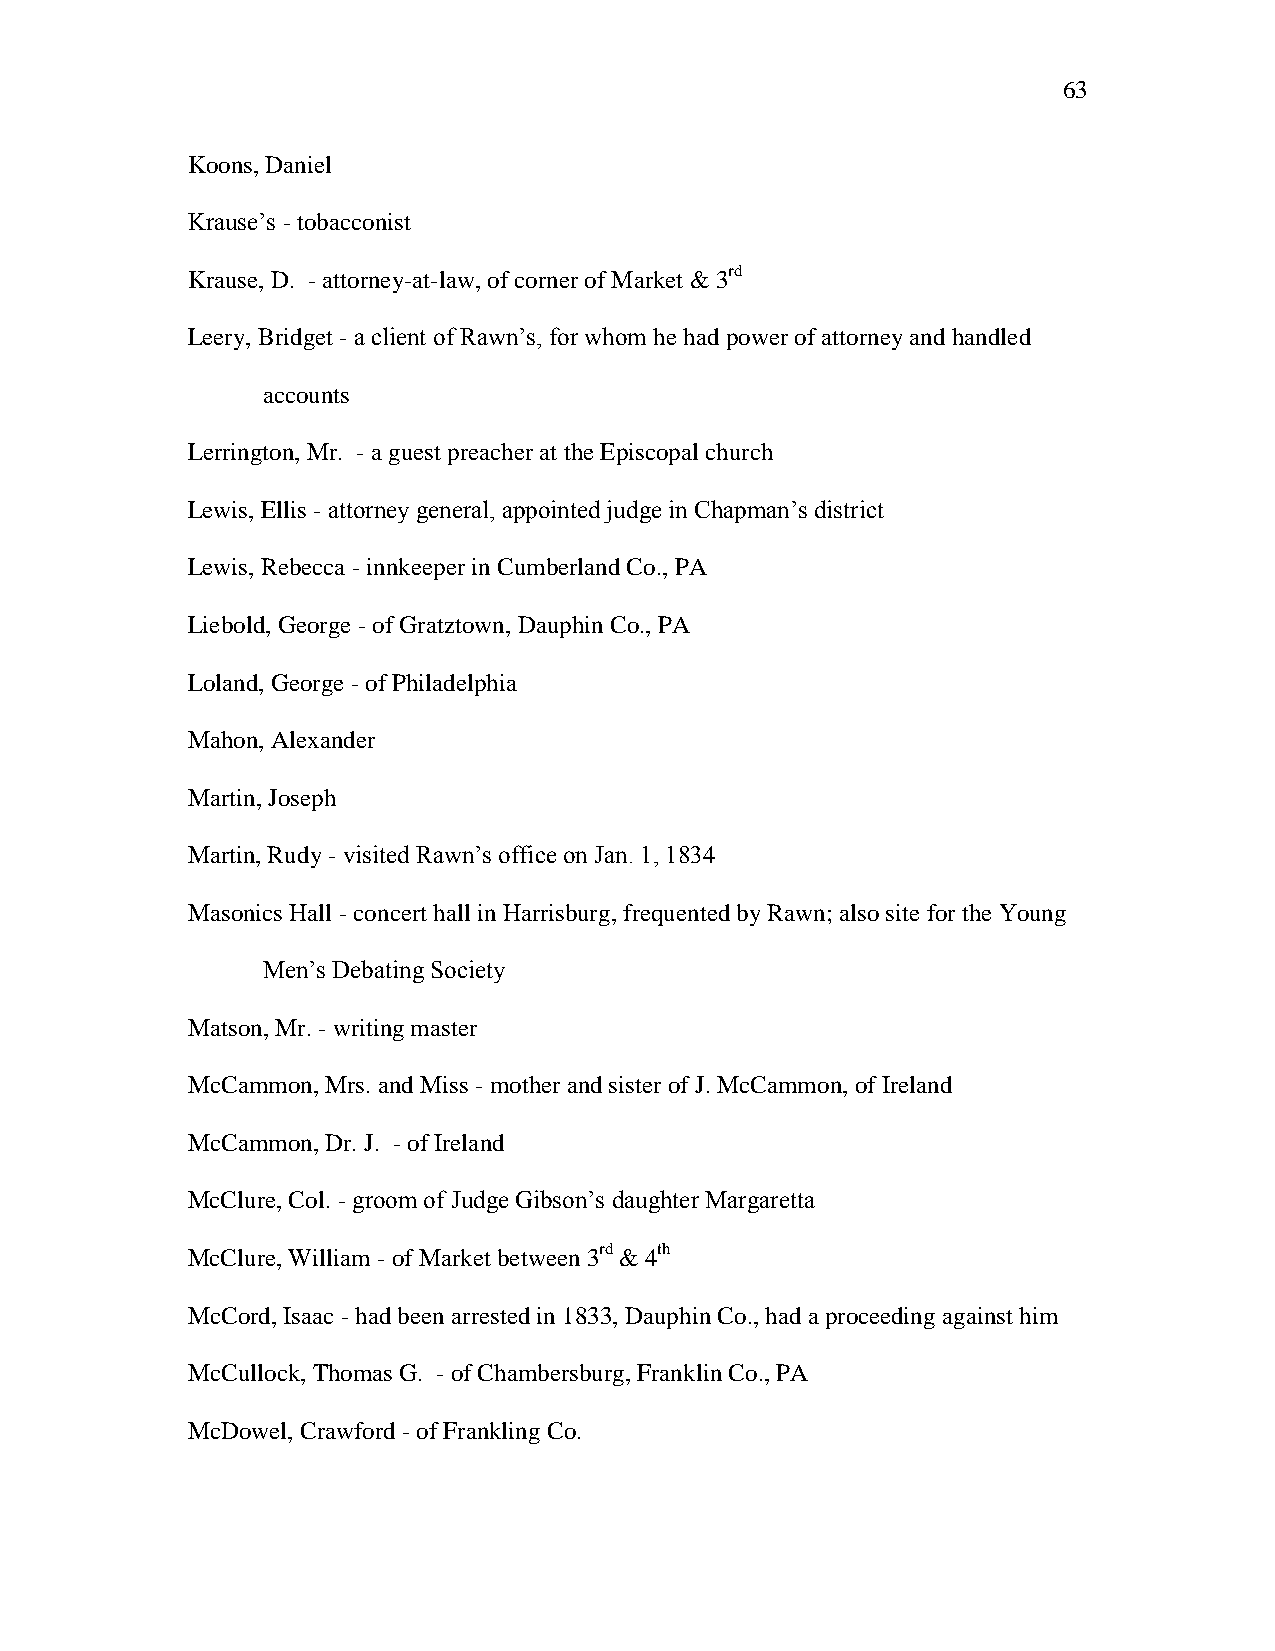
63
 Koons, Daniel
 Krause‘s - tobacconist
 Krause, D. - attorney-at-law, of corner of Market & 3rd
 Leery, Bridget - a client of Rawn‘s, for whom he had power of attorney and handled
 accounts
 Lerrington, Mr. - a guest preacher at the Episcopal church
 Lewis, Ellis - attorney general, appointed judge in Chapman‘s district
 Lewis, Rebecca - innkeeper in Cumberland Co., PA
 Liebold, George - of Gratztown, Dauphin Co., PA
 Loland, George - of Philadelphia
 Mahon, Alexander
 Martin, Joseph
 Martin, Rudy - visited Rawn‘s office on Jan. 1, 1834
 Masonics Hall - concert hall in Harrisburg, frequented by Rawn; also site for the Young
 Men‘s Debating Society
 Matson, Mr. - writing master
 McCammon, Mrs. and Miss - mother and sister of J. McCammon, of Ireland
 McCammon, Dr. J. - of Ireland
 McClure, Col. - groom of Judge Gibson‘s daughter Margaretta
 McClure, William - of Market between 3rd & 4th
 McCord, Isaac - had been arrested in 1833, Dauphin Co., had a proceeding against him
 McCullock, Thomas G. - of Chambersburg, Franklin Co., PA
 McDowel, Crawford - of Frankling Co.